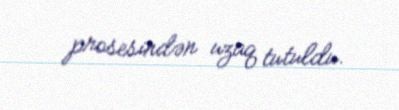
prosesindən uzaq tutuldu.